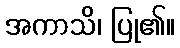
အကာသိ၊ ပြု၏။